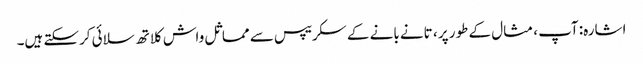
اشارہ: آپ ، مثال کے طور پر ، تانے بانے کے سکریپس سے مماثل واش کلاتھ سلائی کرسکتے ہیں۔